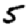
Digit: 5